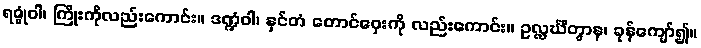
ရဇ္ဇုံဝါ၊ ကြိုးကိုလည်းကောင်း။ ဒဏ္ဍံဝါ၊ နှင်တံ တောင်ဝှေးကို လည်းကောင်း။ ဥလ္လင်္ဃိတွာန၊ ခုန်ကျော်၍။